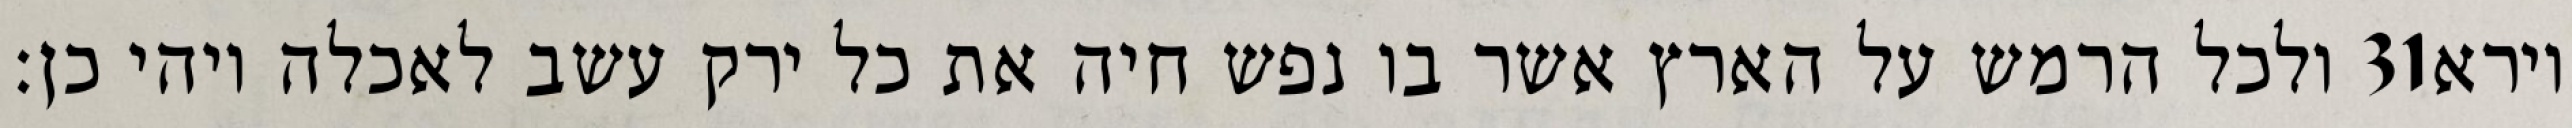
ולכל הרמש על הארץ אשר בו נפש חיה את כל ירק עשב לאכלה ויהי כן׃ ‎31‏ וירא